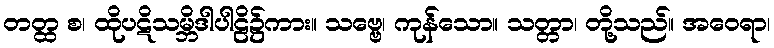
တတ္ထ စ၊ ထိုပဋိသမ္ဘိဒါပါဠိ၌ကား။ သဗ္ဗေ၊ ကုန်သော။ သတ္တာ၊ တို့သည်။ အဝေရာ၊